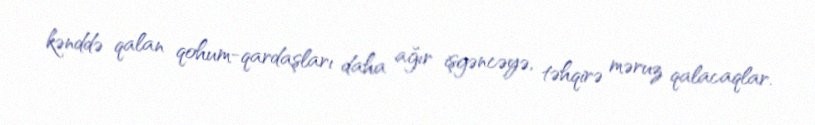
kənddə qalan qohum-qardaşları daha ağır işgəncəyə, təhqirə məruz qalacaqlar.